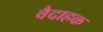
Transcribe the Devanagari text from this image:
वैदाहक